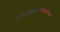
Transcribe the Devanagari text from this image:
शाळापुस्तकमंडळीच्या